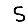
Digit: 5